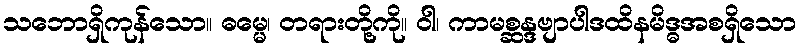
သဘောရှိကုန်သော။ ဓမ္မေ၊ တရားတို့ကို။ ဝါ၊ ကာမစ္ဆန္ဒဗျာပါဒထိနမိဒ္ဓအစရှိသော